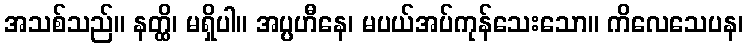
အသစ်သည်။ နတ္ထိ၊ မရှိပါ။ အပ္ပဟီနေ၊ မပယ်အပ်ကုန်သေးသော။ ကိလေသေပန၊